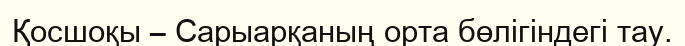
Қосшоқы – Сарыарқаның орта бөлігіндегі тау.